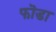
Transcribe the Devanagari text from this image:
फॊडा